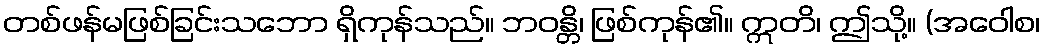
တစ်ဖန်မဖြစ်ခြင်းသဘော ရှိကုန်သည်။ ဘဝန္တိ၊ ဖြစ်ကုန်၏။ ဣတိ၊ ဤသို့။ (အဝေါစ၊